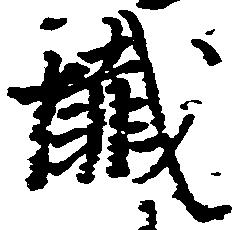
懺